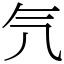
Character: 氕